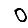
Digit: 0